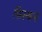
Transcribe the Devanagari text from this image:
फिस्कन